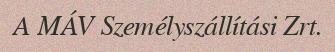
A MÁV Személyszállítási Zrt.